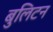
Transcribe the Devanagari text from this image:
बुलिटन